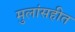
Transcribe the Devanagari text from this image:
मुलांसहीत